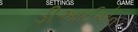
ડીઆઈએન